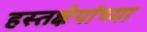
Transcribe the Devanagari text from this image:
हस्तक्षेपांच्या